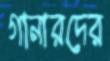
গানারদের